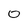
Character: 0